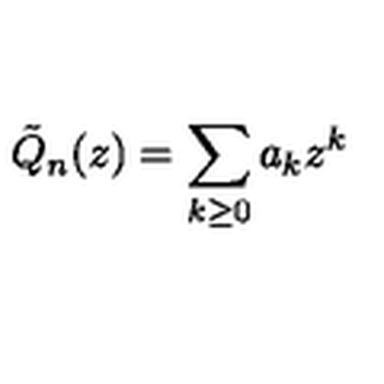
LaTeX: \tilde { Q } _ { n } ( z ) = \sum _ { k \geq 0 } a _ { k } z ^ { k }